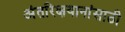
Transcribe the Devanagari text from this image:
अंतरिक्षयानांसाठी